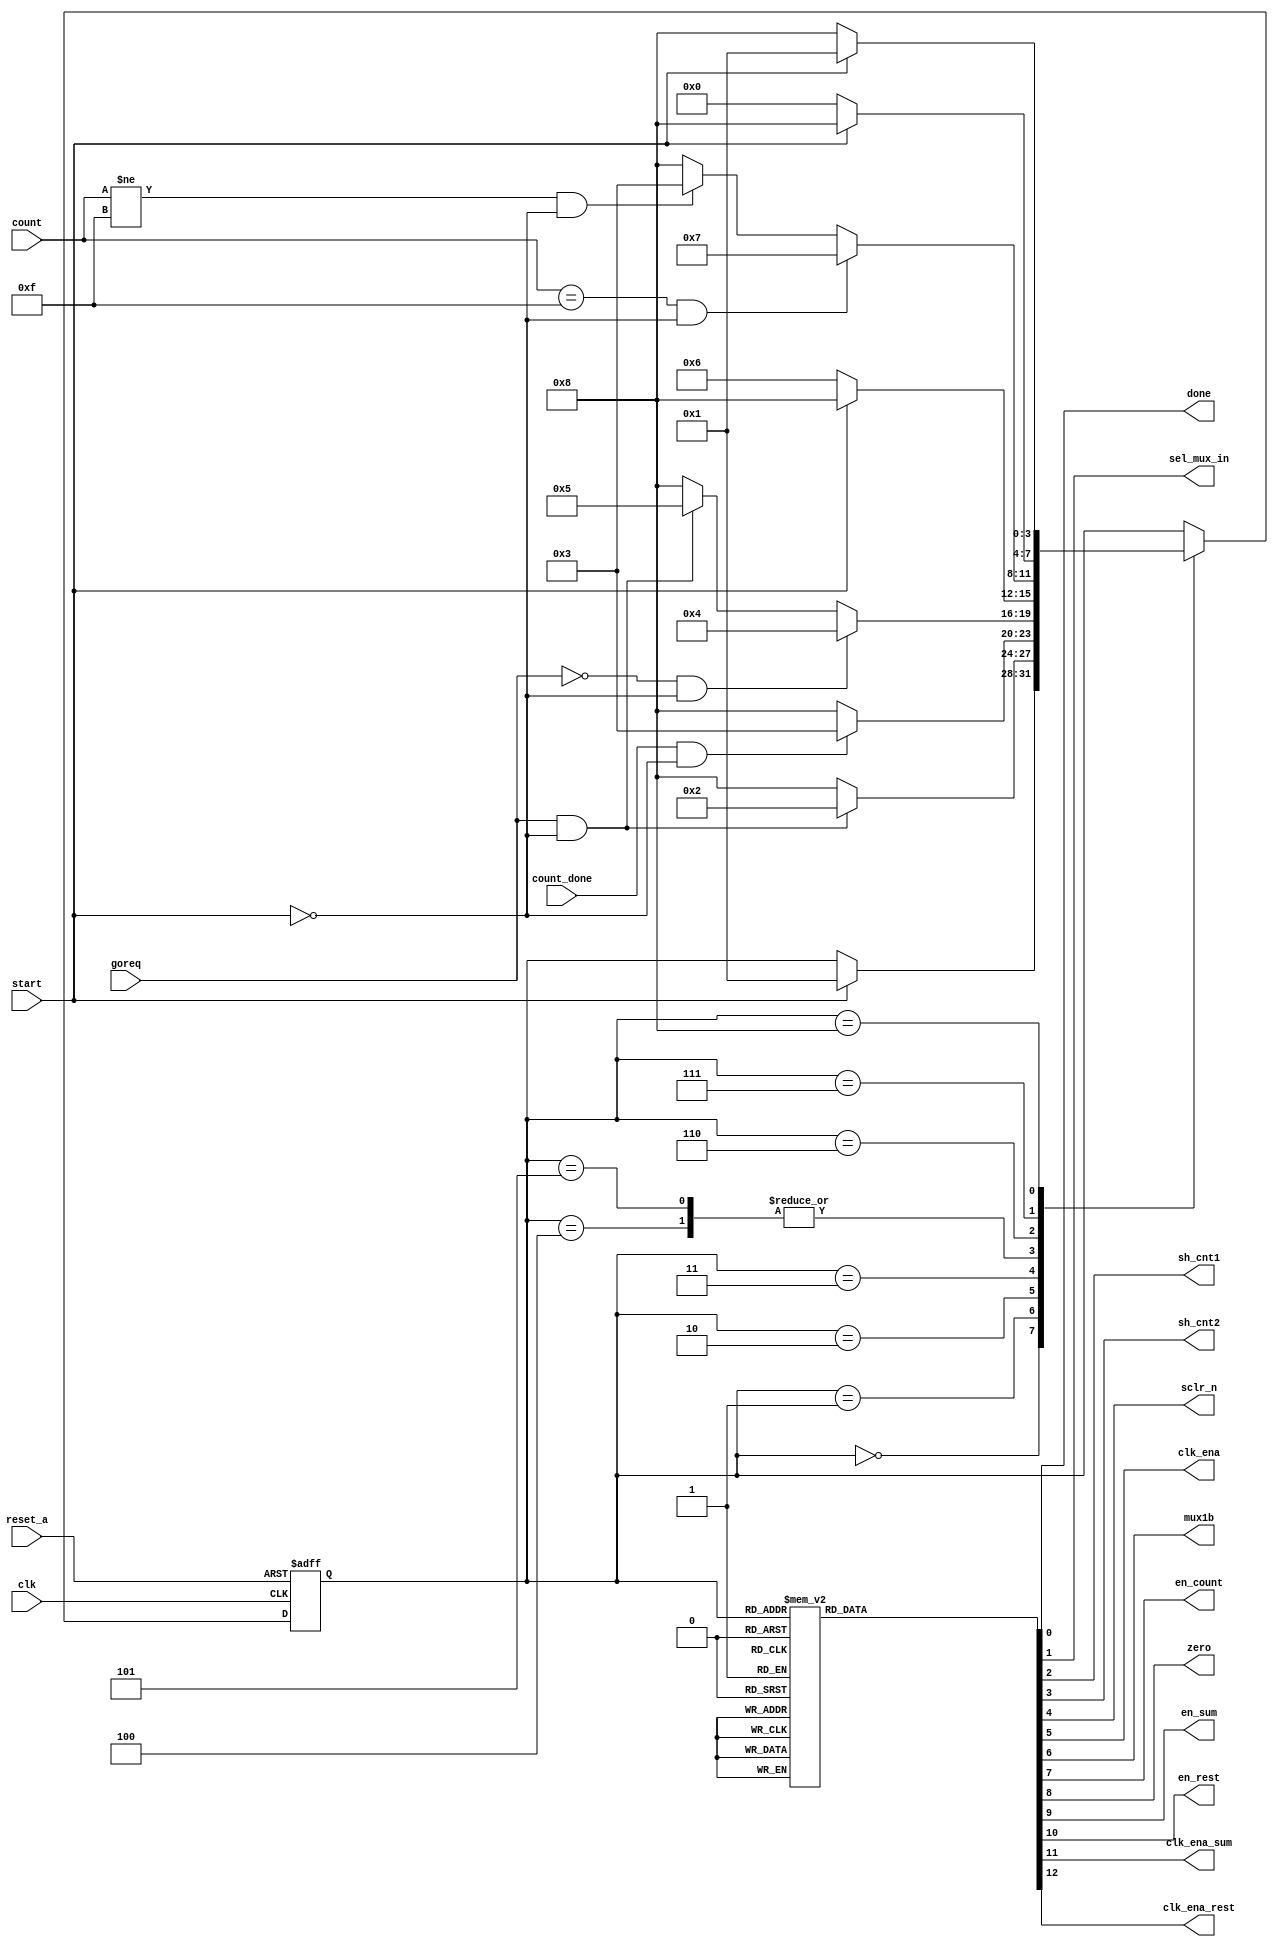
module div_control (clk, goreq, start, count_done, reset_a,count, done, sel_mux_in, sh_cnt1, sh_cnt2, sclr_n, clk_ena, mux1b, en_count, zero,en_sum, en_rest,clk_ena_sum, clk_ena_rest);

input goreq, start, count_done, reset_a, clk;
input [3:0] count;

output reg done, sel_mux_in, sh_cnt1, sh_cnt2, sclr_n, clk_ena, mux1b, en_count,zero, en_sum, en_rest, clk_ena_sum, clk_ena_rest;



reg [3:0] current_state, next_state;

parameter idle=4'd0, c1=4'd1, c2=4'd2, c3=4'd3, rest_0=4'd4, rest=4'd5, sum=4'd6,calc_done=4'd7, err=4'd8;

always @ (posedge clk, posedge reset_a)
begin
	if(reset_a)
		current_state <= idle;
	else
		current_state <= next_state;

end

//combinatorial process to determine the next state in the FSM

always @ (*)
begin
	next_state <= current_state;
	case (current_state)
		idle:
			begin	
			if( start)
				next_state <= c1;
			end
		c1:
			begin
			if(goreq && !start)
				next_state <= c2;
			else
				next_state <= err;
			end
		c2:
			begin
			if(count_done && !start)
				next_state <= c3;
			else
				next_state <= err;
			end
		c3:
			begin
			if(!goreq && !start)
				next_state <= rest_0;
			else if(goreq && !start)
				next_state <= rest;
			else
				next_state <= err;
			end	
		rest_0:
			begin
			if(!start)
				next_state <= sum;
			else
				next_state <= err;
			end
		rest:
			begin
			if(!start)
				next_state <= sum;
			else
				next_state <= err;
			end
		sum:
			begin
			if(count == 4'd15 && !start)
				next_state <= calc_done;
			else if(count != 4'd15 && !start)
				next_state <= c3;
			else
				next_state <= err;
			end
		calc_done:
			begin
				if(!start)
					next_state <= idle;
				else
					next_state <= err;
			end
		err:
			begin
				if(start )
					next_state <= c1;
				else
				 next_state <= err;
			end
	endcase
		

end

//comb for outputs
always @(*)
begin
	done     = 0;
	clk_ena  = 0;
	sclr_n   = 1;
	en_count = 0;
	en_sum = 0;
	en_rest = 0;
	zero		  = 1'b1;
	sel_mux_in = 1'b1;
	mux1b		  = 1'b0;
	sh_cnt1    = 1'b0;
	sh_cnt2    = 1'b0;
	clk_ena_rest = 0;
	clk_ena_sum = 0;
	
	
	case (current_state)
		idle:begin  
		end
		c1:
			begin
			sclr_n   = 0;
			clk_ena_rest = 1;
			clk_ena_sum = 1;
			clk_ena  = 1;
			zero		  = 1'b1;
			sel_mux_in = 1'b0;
			mux1b		  = 1'b0;
			sh_cnt1    = 1'b0;
			sh_cnt2    = 1'b0;
			end
		c2:
			begin
			zero = 1;
			mux1b		  = 1'b0;
			sh_cnt1    = 1'b0;
			sh_cnt2    = 1'b0;
			end
		c3:
			begin
			zero = 1;
			mux1b		  = 1'b0;
			sh_cnt1    = 1'b0;
			sh_cnt2    = 1'b0;
			end	
		rest_0:
			begin
			en_count = 0;
			en_rest = 1;
			zero = 1;
			clk_ena_rest  = 1;
			mux1b		  = 1'b0;
			sh_cnt1    = 1'b1;
			sh_cnt2    = 1'b1;
			clk_ena  = 1;
			end
		rest:
			begin
			en_count = 0;
			en_rest = 1;
			zero = 0;
			clk_ena_rest  = 1;
			mux1b		  = 1'b1;
			sh_cnt1    = 1'b1;
			sh_cnt2    = 1'b1;
			clk_ena  = 1;
			end
		sum:
			begin
			en_count = 1;
			clk_ena_sum  = 1;
			en_sum = 1;
			zero		  = 1'b1;
			mux1b		  = 1'b0;
			end
		calc_done:
			begin
				done     = 1;
				clk_ena  = 1;
				zero		  = 1'b1;
				mux1b		  = 1'b0;
				sh_cnt1    = 1'b0;
				sh_cnt2    = 1'b1;
			end
		err:begin  end
	endcase
end


endmodule